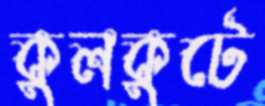
কুলকুটে